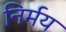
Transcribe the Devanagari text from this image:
निर्मय